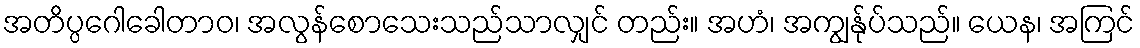
အတိပ္ပဂေါခေါတာဝ၊ အလွန်စောသေးသည်သာလျှင် တည်း။ အဟံ၊ အကျွန်ုပ်သည်။ ယေန၊ အကြင်